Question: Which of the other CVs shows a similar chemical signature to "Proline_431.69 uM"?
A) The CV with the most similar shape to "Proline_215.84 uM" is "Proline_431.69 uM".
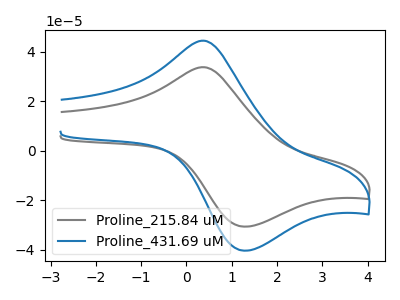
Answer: <think>The gray curve "Proline_215.84 uM" has an anodic peak at (0.40V, 33.75uA) and a cathodic peak at (1.25V, -30.65uA). The blue curve "Proline_431.69 uM" has an anodic peak at (0.40V, 44.40uA) and a cathodic peak at (1.25V, -40.35uA).
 All the peaks in "Proline_215.84 uM" have a peak in "Proline_431.69 uM" at the same potential. Every peak in "Proline_215.84 uM" is lower than every peak in "Proline_431.69 uM".</think>
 <answer>A) The CV with the most similar shape to "Proline_215.84 uM" is "Proline_431.69 uM".</answer>
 <eval>A</eval>